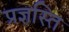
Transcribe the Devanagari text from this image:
प्रज्ञस्ति